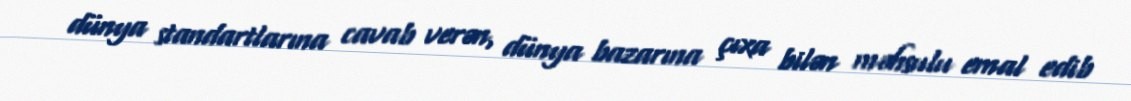
dünya standartlarına cavab verən, dünya bazarına çıxa bilən məhsulu emal edib